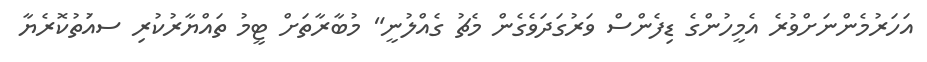
އަހަރުމެންނަށްވުރެ އެމީހުންގެ ޑިފެންސް ވަރުގަދަވެގެން މެޗު ގެއްލުނީ" މުބާރާތަށް ޓީމު ތައްޔާރުކުރި ސއަުތުކޮރެޔާ